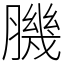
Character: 𦠄